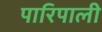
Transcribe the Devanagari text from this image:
पारिपाली